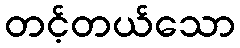
တင့်တယ်သော